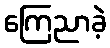
ကြေညာခဲ့